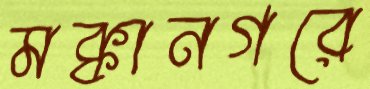
মক্কানগরে